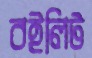
বইলিট